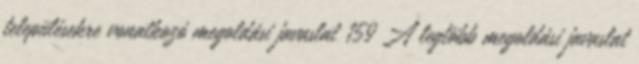
településekre vonatkozó megoldási javaslat 159 A legtöbb megoldási javaslat